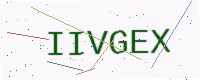
Text: IIVGEX